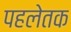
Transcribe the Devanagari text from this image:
पहलेतक